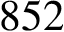
8 5 2